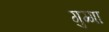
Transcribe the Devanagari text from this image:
गुग्गा